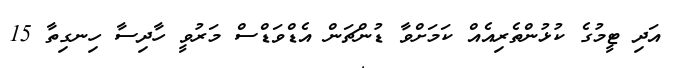
އަދި ޓީމުގެ ކުޅުންތެރިއެއް ކަމަށްވާ ޑުންޗަން އެޑްވަޑްސް މަރުވީ ހާދިސާ ހިނގިތާ 15